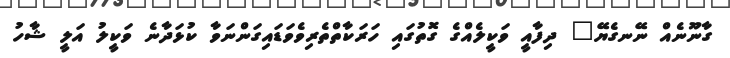
ގާނޫނެއް ނޭނގެޔޭ" ދިފާއީ ވަކީލެއްގެ ގޮތުގައި ހަރަކާތްތެރިވެވަޑައިގަންނަވާ ކުޅަދާނެ ވަކީލު އަލީ ޝާހު